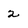
Character: 2